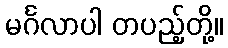
မင်္ဂလာပါ တပည့်တို့။